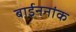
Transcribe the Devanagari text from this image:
बाईननांक